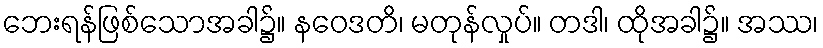
ဘေးရန်ဖြစ်သောအခါ၌။ နဝေဒတိ၊ မတုန်လှုပ်။ တဒါ၊ ထိုအခါ၌။ အဿ၊